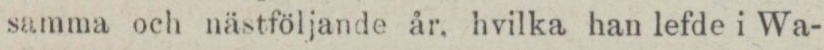
samma och nästföljande år, hvilka han lefde i Wa-